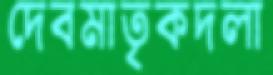
দেবমাতৃকদলা